Civil Veterinary Dept. Assam report 1927-50 - 1927-1950
Year: 1927
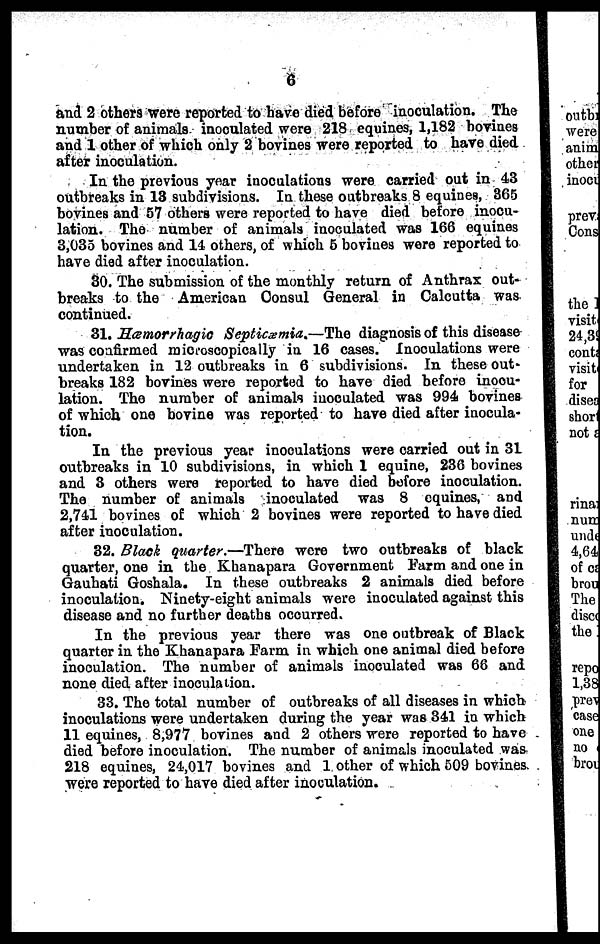
6
and 2 others were reported to have died before inoculation. The
number of animals inoculated were 218 equines, 1,182 bovines
and 1 other of which only 2 bovines were reported to have died
after inoculation.
In the previous year inoculations were carried out in 43
outbreaks in 13 subdivisions. In these outbreaks 8 equines, 365
bovines and 57 others were reported to have died before inocu-
lation. The number of animals inoculated was 166 equines
3,035 bovines and 14 others, of which 5 bovines were reported to
have died after inoculation.
30. The submission of the monthly return of Anthrax out-
breaks to the American Consul General in Calcutta was
continued.
31. Hæmorrhagic Septicæmia.—The diagnosis of this disease
was confirmed microscopically in 16 cases. Inoculations were
undertaken in 12 outbreaks in 6 subdivisions. In these out-
breaks 182 bovines were reported to have died before inocu-
lation. The number of animals inoculated was 994 bovines
of which one bovine was reported to have died after inocula-
tion.
In the previous year inoculations were carried out in 31
outbreaks in 10 subdivisions, in which 1 equine, 236 bovines
and 3 others were reported to have died before inoculation.
The number of animals inoculated was 8 equines, and
2,741 bovines of which 2 bovines were reported to have died
after inoculation.
32. Black quarter.—There were two outbreaks of black
quarter, one in the Khanapara Government Farm and one in
Gauhati Goshala. In these outbreaks 2 animals died before
inoculation. Ninety-eight animals were inoculated against this
disease and no further deaths occurred.
In the previous year there was one outbreak of Black
quarter in the Khanapara Farm in which one animal died before
inoculation. The number of animals inoculated was 66 and
none died after inoculation.
33. The total number of outbreaks of all diseases in which
inoculations were undertaken during the year was 341 in which
11 equines, 8,977 bovines and 2 others were reported to have
died before inoculation. The number of animals inoculated was
218 equines, 24,017 bovines and 1 other of which 509 bovines
were reported to have died after inoculation.